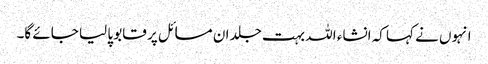
انہوں نے کہا کہ انشاء اللہ بہت جلد ان مسائل پر قابو پا لیا جائے گا۔